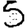
Digit: 5